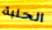
الحلبة